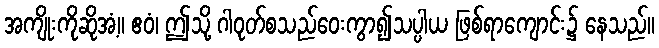
အကျိုးကိုဆိုအံ့။ ဧဝံ၊ ဤသို့ ဂါဝုတ်စသည်ဝေးကွာ၍သပ္ပါယ ဖြစ်ရာကျောင်း၌ နေသည်။